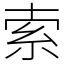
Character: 索